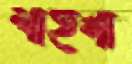
শাহনা